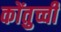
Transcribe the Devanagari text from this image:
कोंतुच्ची